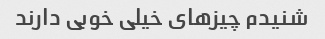
شنیدم چیزهای خیلی خوبی دارند